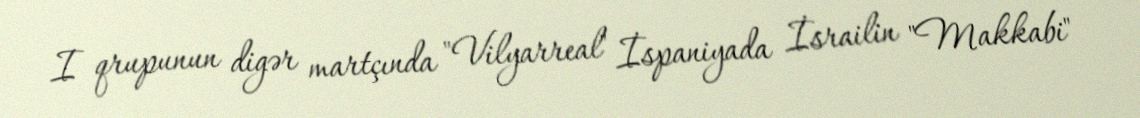
I qrupunun digər martçında "Vilyarreal" İspaniyada İsrailin "Makkabi"